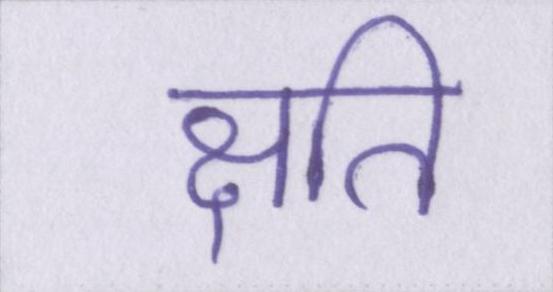
क्षति